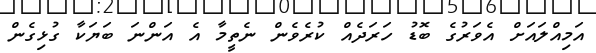
އަމިއްލައަށް އެވަރުގެ ބޮޑު ހަރަދެއް ކުރެވެން ނެތީމާ އެ އަންނަ ބަޔަކާ ގުޅިގެން